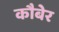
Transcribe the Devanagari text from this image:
कौबेर